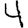
Digit: 4